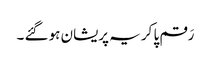
رَقم پا کر یہ پریشان ہو گئے ۔